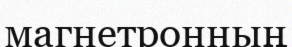
магнетронның